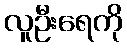
လူဦးရေကို